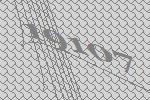
19107